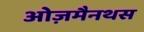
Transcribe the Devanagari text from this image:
ओज़मैनथस